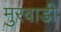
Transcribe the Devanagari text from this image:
मुरबाडी